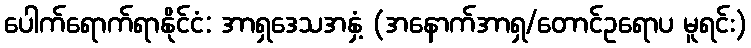
ပေါက်ရောက်ရာနိုင်ငံ: အာရှဒေသအနှံ့ (အနောက်အာရှ/တောင်ဥရောပ မူရင်း)